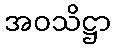
အဝသိဋ္ဌာ